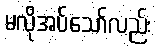
မလိုအပ်သော်လည်း